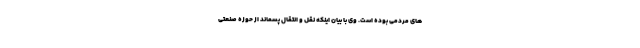
های مردمی بوده است. وی با بیان اینکه نقل و انتقال پسماند از حوزه صنعتی